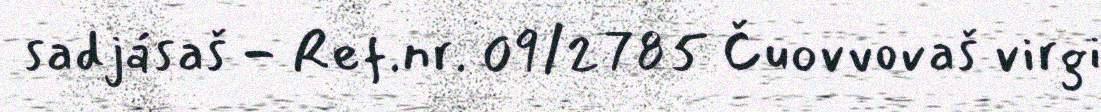
sadjásaš - Ref.nr. 09/2785 Čuovvovaš virgi